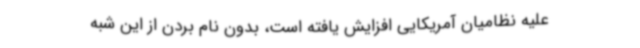
علیه نظامیان آمریکایی افزایش یافته است، بدون نام بردن از این شبه